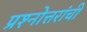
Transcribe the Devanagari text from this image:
प्रश्नोत्तरांची